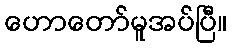
ဟောတော်မူအပ်ပြီ။